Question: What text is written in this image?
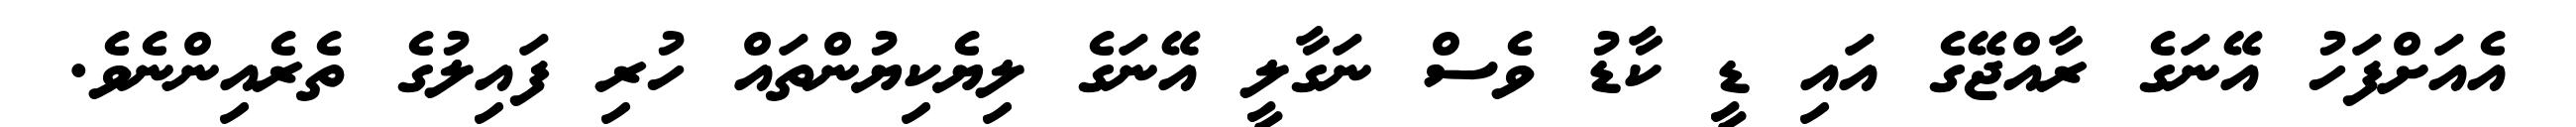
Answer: އެއަށްފަހު އޭނަގެ ރާއްޖޭގެ އައި ޑީ ކާޑު ވެސް ނަގާލީ އޭނަގެ ލިޔެކިޔުންތައް ހުރި ފައިލުގެ ތެރެއިންނެވެ.